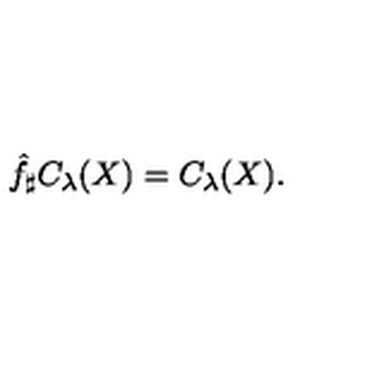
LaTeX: \hat { f } _ { \sharp } C _ { \lambda } ( X ) = C _ { \lambda } ( X ) .